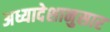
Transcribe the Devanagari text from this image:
अध्यादेशानुसार